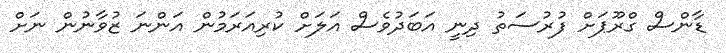
ޑާންސް ގްރޫޕަށް ފުރުސަތު ދިނީ އަބަދުވެސް އަލަށް ކުރިއަރަމުން އަންނަ ޒުވާނުން ނަށް